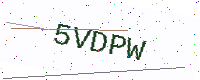
Text: 5VDPW